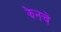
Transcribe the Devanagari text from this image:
झेनचे